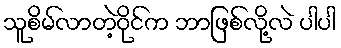
သူစိမ်လာတဲ့ဝိုင်က ဘာဖြစ်လို့လဲ ပါပါ